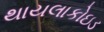
થાયલાકોઇડ